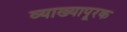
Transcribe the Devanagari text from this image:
व्याख्यापूरक